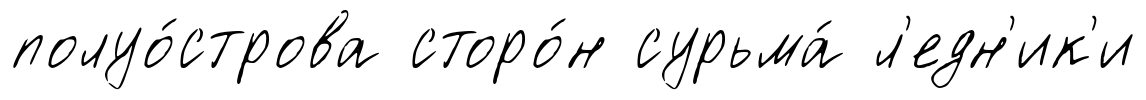
полуо́строва сторо́н сурьма́ л'едн'ик'и